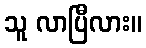
သူ လာပြီလား။